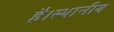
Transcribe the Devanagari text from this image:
है।स्थानीय